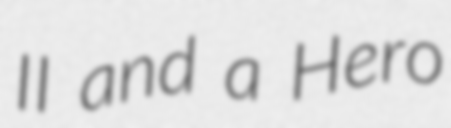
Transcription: II and a Hero